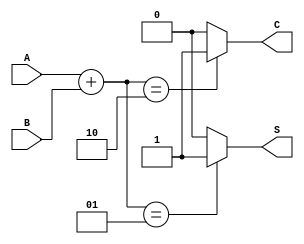
module threshold_half_adder (
    input wire A,  // First binary input
    input wire B,  // Second binary input
    output wire S, // Sum output
    output wire C  // Carry output
);

// Compute Sum (S) and Carry (C) based on threshold logic
assign S = (A + B == 1) ? 1'b1 : 1'b0; // Sum is 1 if the total is exactly 1
assign C = (A + B == 2) ? 1'b1 : 1'b0; // Carry is 1 if the total is exactly 2

endmodule